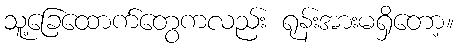
သူ့ခြေထောက်တွေကလည်း ရုန်းအားမရှိတော့။